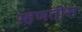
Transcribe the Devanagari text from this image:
म्हणतोस